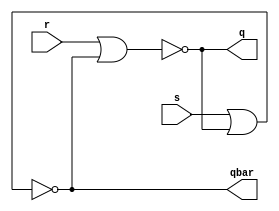
module sr_latch(
    input s,r,
    output q,qbar);


nor N1(q,r,qbar);
nor N2(qbar,s,q);

endmodule